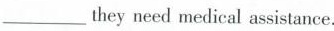
___they need medical assistance.